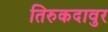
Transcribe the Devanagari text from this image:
तिरुकदावुर